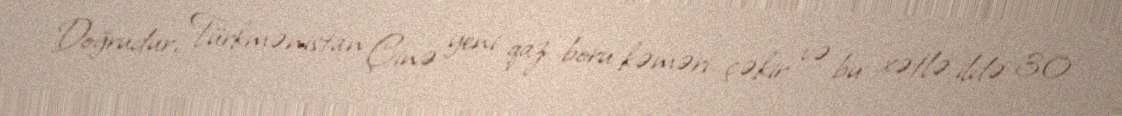
Doğrudur, Türkmənistan Çinə yeni qaz boru kəməri çəkir və bu xətlə ildə 30